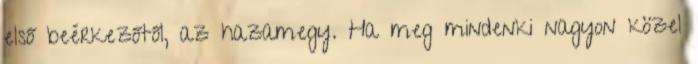
első beérkezőtől, az hazamegy. Ha meg mindenki nagyon közel